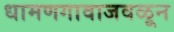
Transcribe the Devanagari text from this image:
धामणगावाजवळून